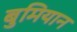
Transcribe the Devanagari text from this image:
बुमियान